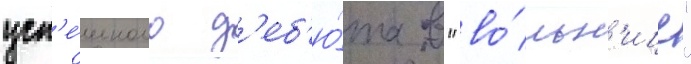
усп'е́шного д'еб'ю́та в "во́льн'ице"